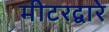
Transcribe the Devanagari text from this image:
मीटरद्वारे